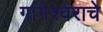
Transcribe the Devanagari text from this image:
गांगेश्वराचे